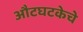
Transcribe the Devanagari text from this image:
औटघटकेचे